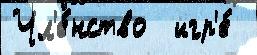
Чл'е́нство  игр'е́